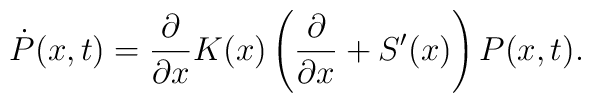
\dot{P}(x,t)=\frac{\partial}{\partial x}K(x)\left(\frac{\partial}{\partial x}+S'(x)\right)P(x,t).